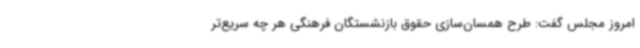
امروز مجلس گفت: طرح همسان‌سازی حقوق بازنشستگان فرهنگی هر چه سریع‌تر